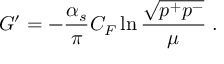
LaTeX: G ^ { \prime } = - \frac { \alpha _ { s } } { \pi } { \cal C } _ { F } \ln \frac { \sqrt { p ^ { + } p ^ { - } } } { \mu } \; .